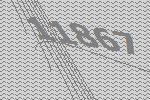
11867